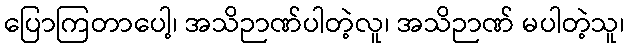
ပြောကြတာပေါ့၊ အသိဉာဏ်ပါတဲ့လူ၊ အသိဉာဏ် မပါတဲ့သူ၊